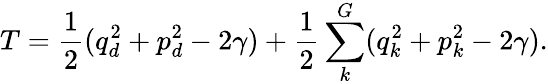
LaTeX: T=\frac{1}{2}(q_{d}^{2}+p_{d}^{2}-2\gamma)+\frac{1}{2}\sum_{k}^{G}(q_{k}^{2}+p_{k}^{2}-2\gamma).